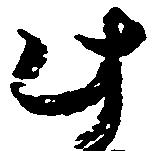
此